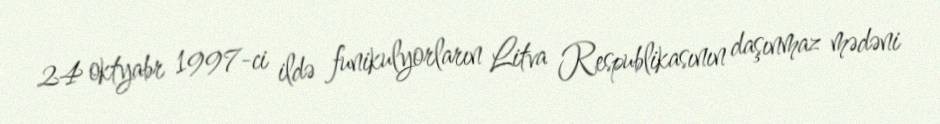
24 oktyabr 1997-ci ildə funikulyorların Litva Respublikasının daşınmaz mədəni